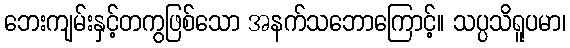
ဘေးကျမ်းနှင့်တကွဖြစ်သော အနက်သဘောကြောင့်။ သပ္ပသိရူပမာ၊